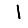
Digit: 1